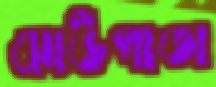
ঝাউপাতা